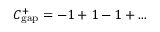
{ \cal C } _ { \mathrm { { g a p } } } ^ { + } = - 1 + 1 - 1 + . . .